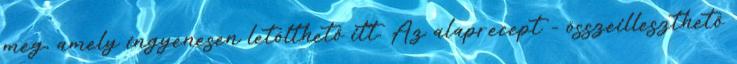
meg, amely ingyenesen letölthető itt. Az alaprecept - összeilleszthető